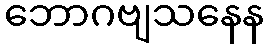
ဘောဂဗျသနေန